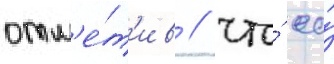
отм'е́т'ив / что́ ео́